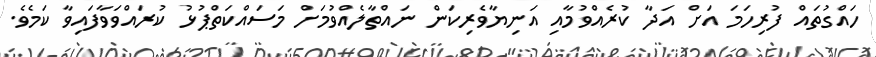
ހައްގުތައް ފުރިހަމަ އަށް އަދާ ކުރެއްވުމާއި އަނިޔާވެރިކަން ނައްތާލެއްވުމަށް މަސައްކަތްޕުޅު ކުރައްވަވާފައިވާ ކަމެވެ.